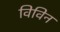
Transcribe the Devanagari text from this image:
विविन